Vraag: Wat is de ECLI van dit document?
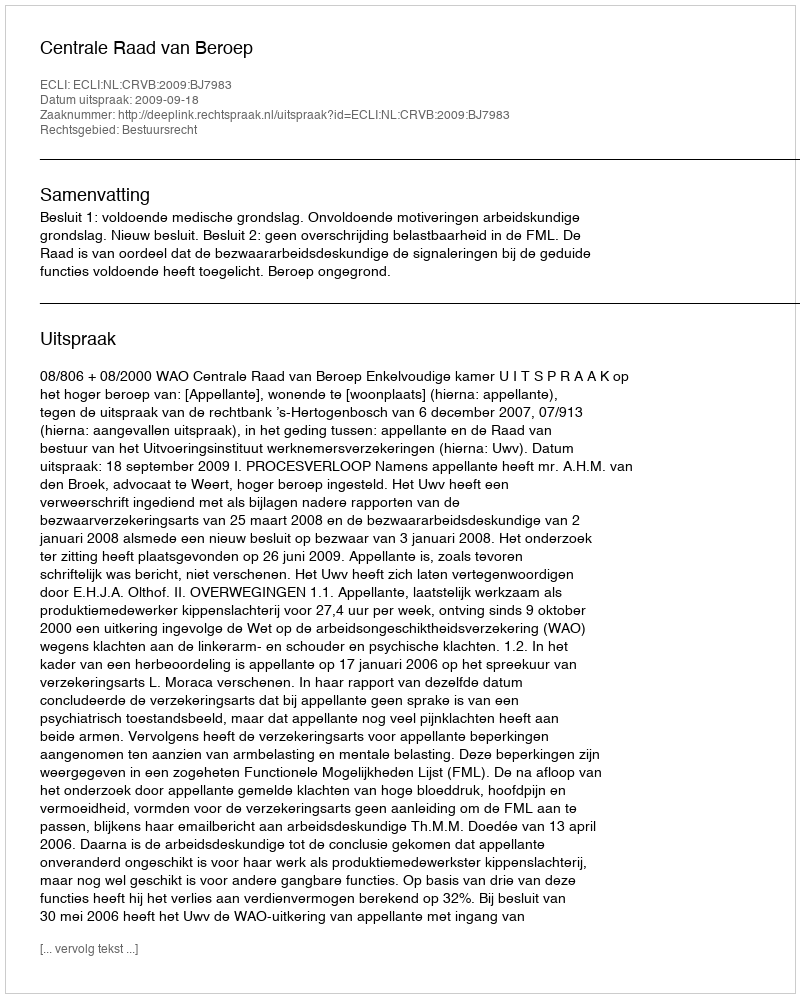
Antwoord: ECLI:NL:CRVB:2009:BJ7983